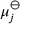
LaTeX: \mu _ { j } ^ { \ominus }